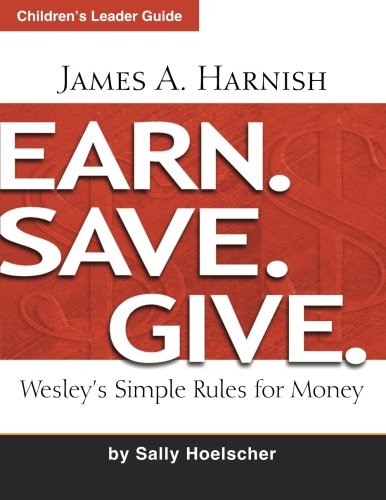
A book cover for Earn. Save. Give. Children's Leader Guide: Wesley's Simple Rules for Money; James A. Harnish; Christian Books & Bibles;